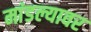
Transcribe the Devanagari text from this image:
मांडल्यावर